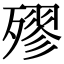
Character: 𣩍